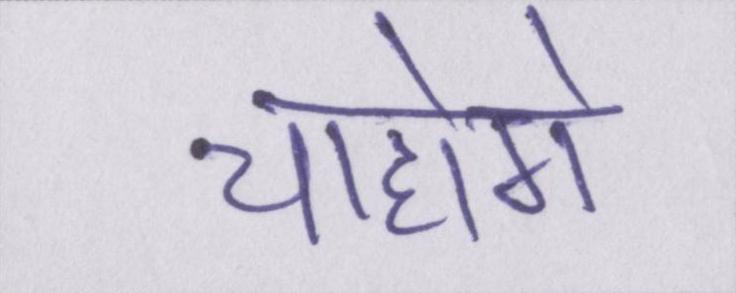
चाहोगे